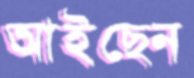
আইছেন